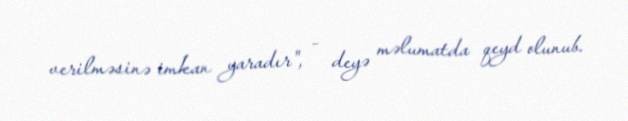
verilməsinə imkan yaradır", - deyə məlumatda qeyd olunub.